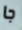
جا